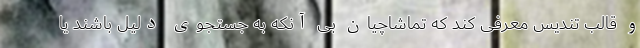
و قالب تندیس معرفی کند که تماشاچیان بی آنکه به جستجوی دلیل باشند یا